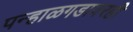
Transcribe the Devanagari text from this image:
पन्हाळगडावरही